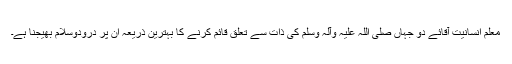
معلم انسانیت آقائے دو جہاں صلی اللہ علیہ وآلہ وسلم کی ذات سے تعلق قائم کرنے کا بہترین ذریعہ ان پر درودوسلام بھیجنا ہے۔